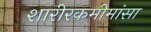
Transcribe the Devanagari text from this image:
शारीरकमीमांसा